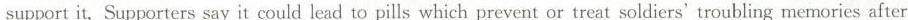
support it. Supporters say it could lead to pills which prevent or treat soldiers' troubling memories after